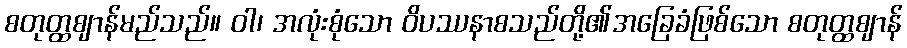
စတုတ္ထဈာန်မည်သည်။ ဝါ၊ အလုံးစုံသော ဝိပဿနာစသည်တို့၏အခြေခံဖြစ်သော စတုတ္ထဈာန်